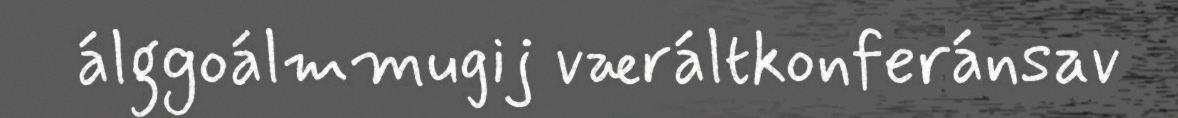
álggoálmmugij væráltkonferánsav